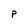
Character: p